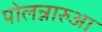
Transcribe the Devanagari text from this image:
पोलन्नारुआ